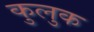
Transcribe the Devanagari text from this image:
कुलुक